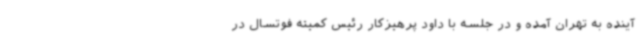
آینده به تهران آمده و در جلسه با داود پرهیزکار رئیس کمیته فوتسال در